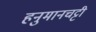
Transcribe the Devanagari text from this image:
हनुमानचट्टी